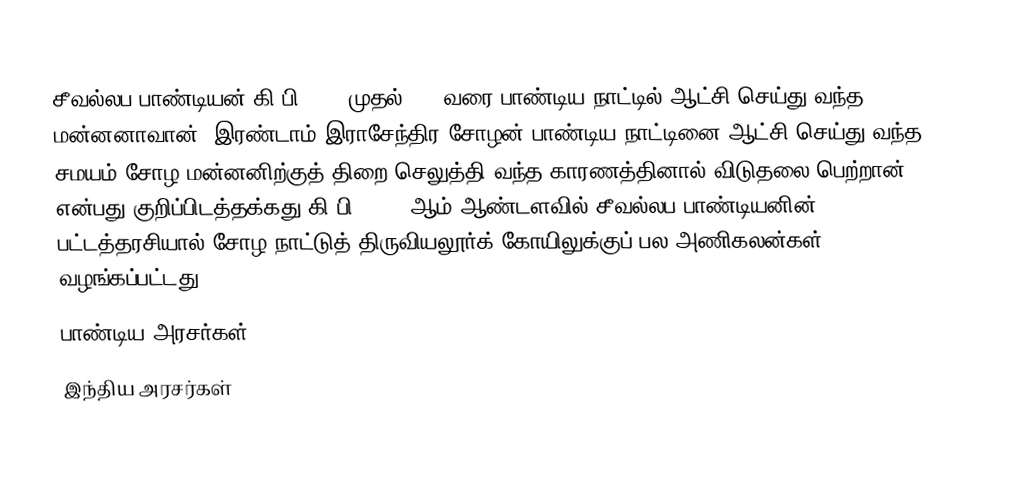
சீவல்லப பாண்டியன் கி.பி. 945 முதல் 955 வரை பாண்டிய நாட்டில் ஆட்சி செய்து வந்த மன்னனாவான். இரண்டாம் இராசேந்திர சோழன் பாண்டிய நாட்டினை ஆட்சி செய்து வந்த சமயம் சோழ மன்னனிற்குத் திறை செலுத்தி வந்த காரணத்தினால் விடுதலை பெற்றான் என்பது குறிப்பிடத்தக்கது.கி.பி.  1054 ஆம் ஆண்டளவில் சீவல்லப பாண்டியனின் பட்டத்தரசியால் சோழ நாட்டுத் திருவியலூர்க் கோயிலுக்குப் பல அணிகலன்கள் வழங்கப்பட்டது.
பாண்டிய அரசர்கள்
இந்திய அரசர்கள்